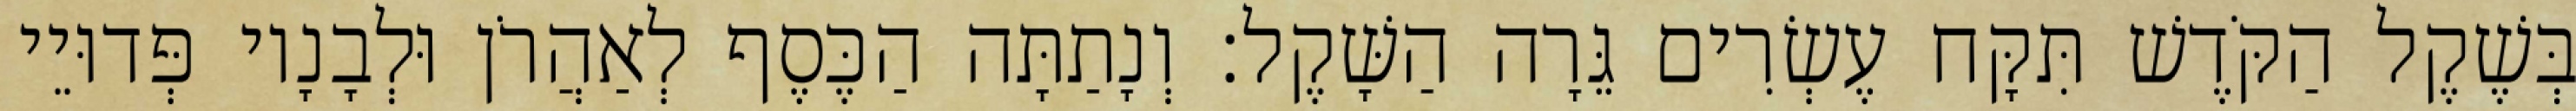
בְּשֶׁקֶל הַקֹּדֶשׁ תִּקָּח עֶשְׂרִים גֵּרָה הַשָּׁקֶל׃ וְנָתַתָּה הַכֶּסֶף לְאַהֲרֹן וּלְבָנָיו פְּדוּיֵי